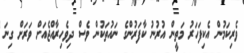
ވެރިކަމުން އެކިފަހަރު މަތީން އުރުނު ކާފަރުންގެ ނައުތަކުން ވެސް ދިވެހިރާއްޖެއަށް ވަރަށް ގިނަ